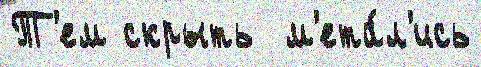
Т'ем скрыть  м'ета́л'ись